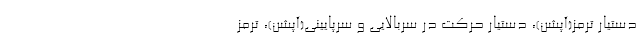
دستیار ترمز(آپشن)، دستیار حرکت در سربالایی و سرپایینی(آپشن)، ترمز